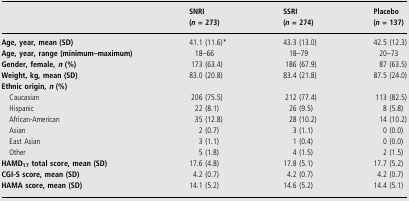
<table><thead><tr><td></td><td><b>SNRI (<i>n</i> = 273)</b></td><td><b>SSRI (<i>n</i> = 274)</b></td><td><b>Placebo (<i>n</i> = 137)</b></td></tr></thead><tbody><tr><td><b>Age, year, mean (SD)</b></td><td>41.1 (11.6)*</td><td>43.3 (13.0)</td><td>42.5 (12.3)</td></tr><tr><td><b>Age, year, range (minimum–maximum)</b></td><td>18–66</td><td>18–79</td><td>20–73</td></tr><tr><td><b>Gender, female, <i>n</i> (%)</b></td><td>173 (63.4)</td><td>186 (67.9)</td><td>87 (63.5)</td></tr><tr><td><b>Weight, kg, mean (SD)</b></td><td>83.0 (20.8)</td><td>83.4 (21.8)</td><td>87.5 (24.0)</td></tr><tr><td colspan="4"><b>Ethnic origin, <i>n</i> (%)</b></td></tr><tr><td>Caucasian</td><td>206 (75.5)</td><td>212 (77.4)</td><td>113 (82.5)</td></tr><tr><td>Hispanic</td><td>22 (8.1)</td><td>26 (9.5)</td><td>8 (5.8)</td></tr><tr><td>African-American</td><td>35 (12.8)</td><td>28 (10.2)</td><td>14 (10.2)</td></tr><tr><td>Asian</td><td>2 (0.7)</td><td>3 (1.1)</td><td>0 (0.0)</td></tr><tr><td>East Asian</td><td>3 (1.1)</td><td>1 (0.4)</td><td>0 (0.0)</td></tr><tr><td>Other</td><td>5 (1.8)</td><td>4 (1.5)</td><td>2 (1.5)</td></tr><tr><td><b>HAMD</b><sub><b>17</b></sub><b>total score, mean (SD)</b></td><td>17.6 (4.8)</td><td>17.8 (5.1)</td><td>17.7 (5.2)</td></tr><tr><td><b>CGI-S score, mean (SD)</b></td><td>4.2 (0.7)</td><td>4.2 (0.7)</td><td>4.2 (0.7)</td></tr><tr><td><b>HAMA score, mean (SD)</b></td><td>14.1 (5.2)</td><td>14.6 (5.2)</td><td>14.4 (5.1)</td></tr></tbody></table>